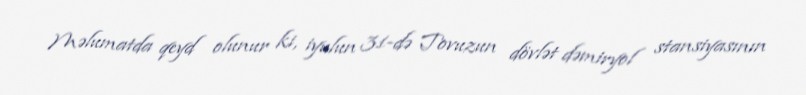
Məlumatda qeyd olunur ki, iyulun 31-də Tovuzun dövlət dəmiryol stansiyasının